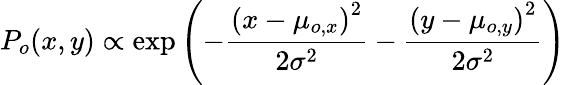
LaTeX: P_{o}(x,y)\propto\mathrm{exp}\left(-\frac{\left(x-\mu_{o,x}\right)^{2}}{2\sigma^{2}}-\frac{\left(y-\mu_{o,y}\right)^{2}}{2\sigma^{2}}\right)